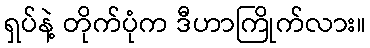
ရှပ်နဲ့ တိုက်ပုံက ဒီဟာကြိုက်လား။